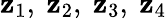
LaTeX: \mathbf{z}_{1},\ \mathbf{z}_{2},\ \mathbf{z}_{3},\ \mathbf{z}_{4}